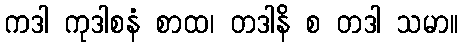
ကဒါ ကုဒါစနံ စာထ၊ တဒါနိ စ တဒါ သမာ။